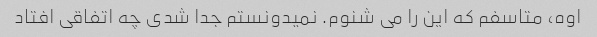
اوه، متاسفم که این را می شنوم. نمیدونستم جدا شدی چه اتفاقی افتاد